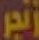
لجر